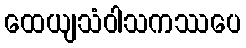
ထေယျသံဝါသကဿပေ